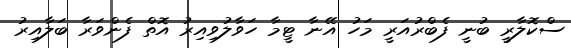
ސްކޮލާރީ ބުނީ ފެބްރުއަރީ މަހު އޭނާ ޓީމާ ހަވާލުވިއިރު އޮތް ފެންވަރާ ބަލާއިރު